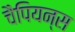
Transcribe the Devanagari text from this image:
चैपियन्स